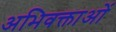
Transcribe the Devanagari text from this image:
अभिवक्ताओं